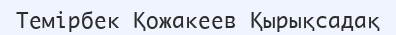
Темірбек Қожакеев Қырықсадақ